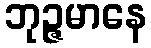
ဘုဉ္ဇမာနေ